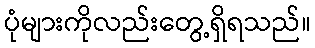
ပုံများကိုလည်းတွေ့ရှိရသည်။